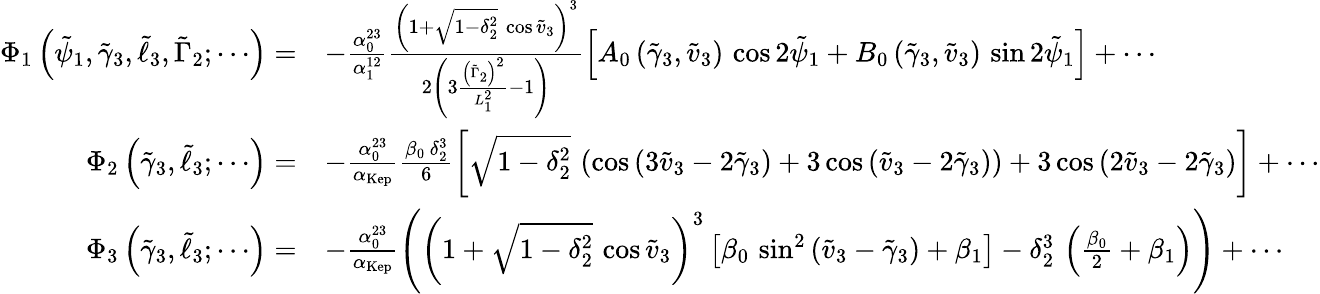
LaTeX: \begin{array}{rl}{\Phi_{1}\left(\tilde{\psi}_{1},\tilde{\gamma}_{3},\tilde{\ell}_{3},\tilde{\Gamma}_{2};\cdots\right)=}&{-\frac{\alpha_{0}^{23}}{\alpha_{1}^{12}}\frac{\left(1+\sqrt{1-\delta_{2}^{2}}\, \cos\tilde{v}_{3}\right)^{3}}{2\left(3\frac{\left(\tilde{\Gamma}_{2}\right)^{2}}{L_{1}^{2}}-1\right)}\left[A_{0}\left(\tilde{\gamma}_{3},\tilde{v}_{3}\right)\, \cos 2\tilde{\psi}_{1}+B_{0}\left(\tilde{\gamma}_{3},\tilde{v}_{3}\right)\, \sin 2\tilde{\psi}_{1}\right]+\cdots}\\ {\Phi_{2}\left(\tilde{\gamma}_{3},\tilde{\ell}_{3};\cdots\right)=}&{-\frac{\alpha_{0}^{23}}{\alpha_{\mathrm{Kep}}}\frac{\beta_{0}\, \delta_{2}^{3}}{6}\left[\sqrt{1-\delta_{2}^{2}}\, \left(\cos\left(3\tilde{v}_{3}-2\tilde{\gamma}_{3}\right)+3\cos\left(\tilde{v}_{3}-2\tilde{\gamma}_{3}\right)\right)+3\cos\left(2\tilde{v}_{3}-2\tilde{\gamma}_{3}\right)\right]+\cdots}\\ {\Phi_{3}\left(\tilde{\gamma}_{3},\tilde{\ell}_{3};\cdots\right)=}&{-\frac{\alpha_{0}^{23}}{\alpha_{\mathrm{Kep}}}\left(\left(1+\sqrt{1-\delta_{2}^{2}}\, \cos\tilde{v}_{3}\right)^{3}\left[\beta_{0}\, \sin^{2}\left(\tilde{v}_{3}-\tilde{\gamma}_{3}\right)+\beta_{1}\right]-\delta_{2}^{3}\, \left(\frac{\beta_{0}}{2}+\beta_{1}\right)\right)+\cdots}\end{array}